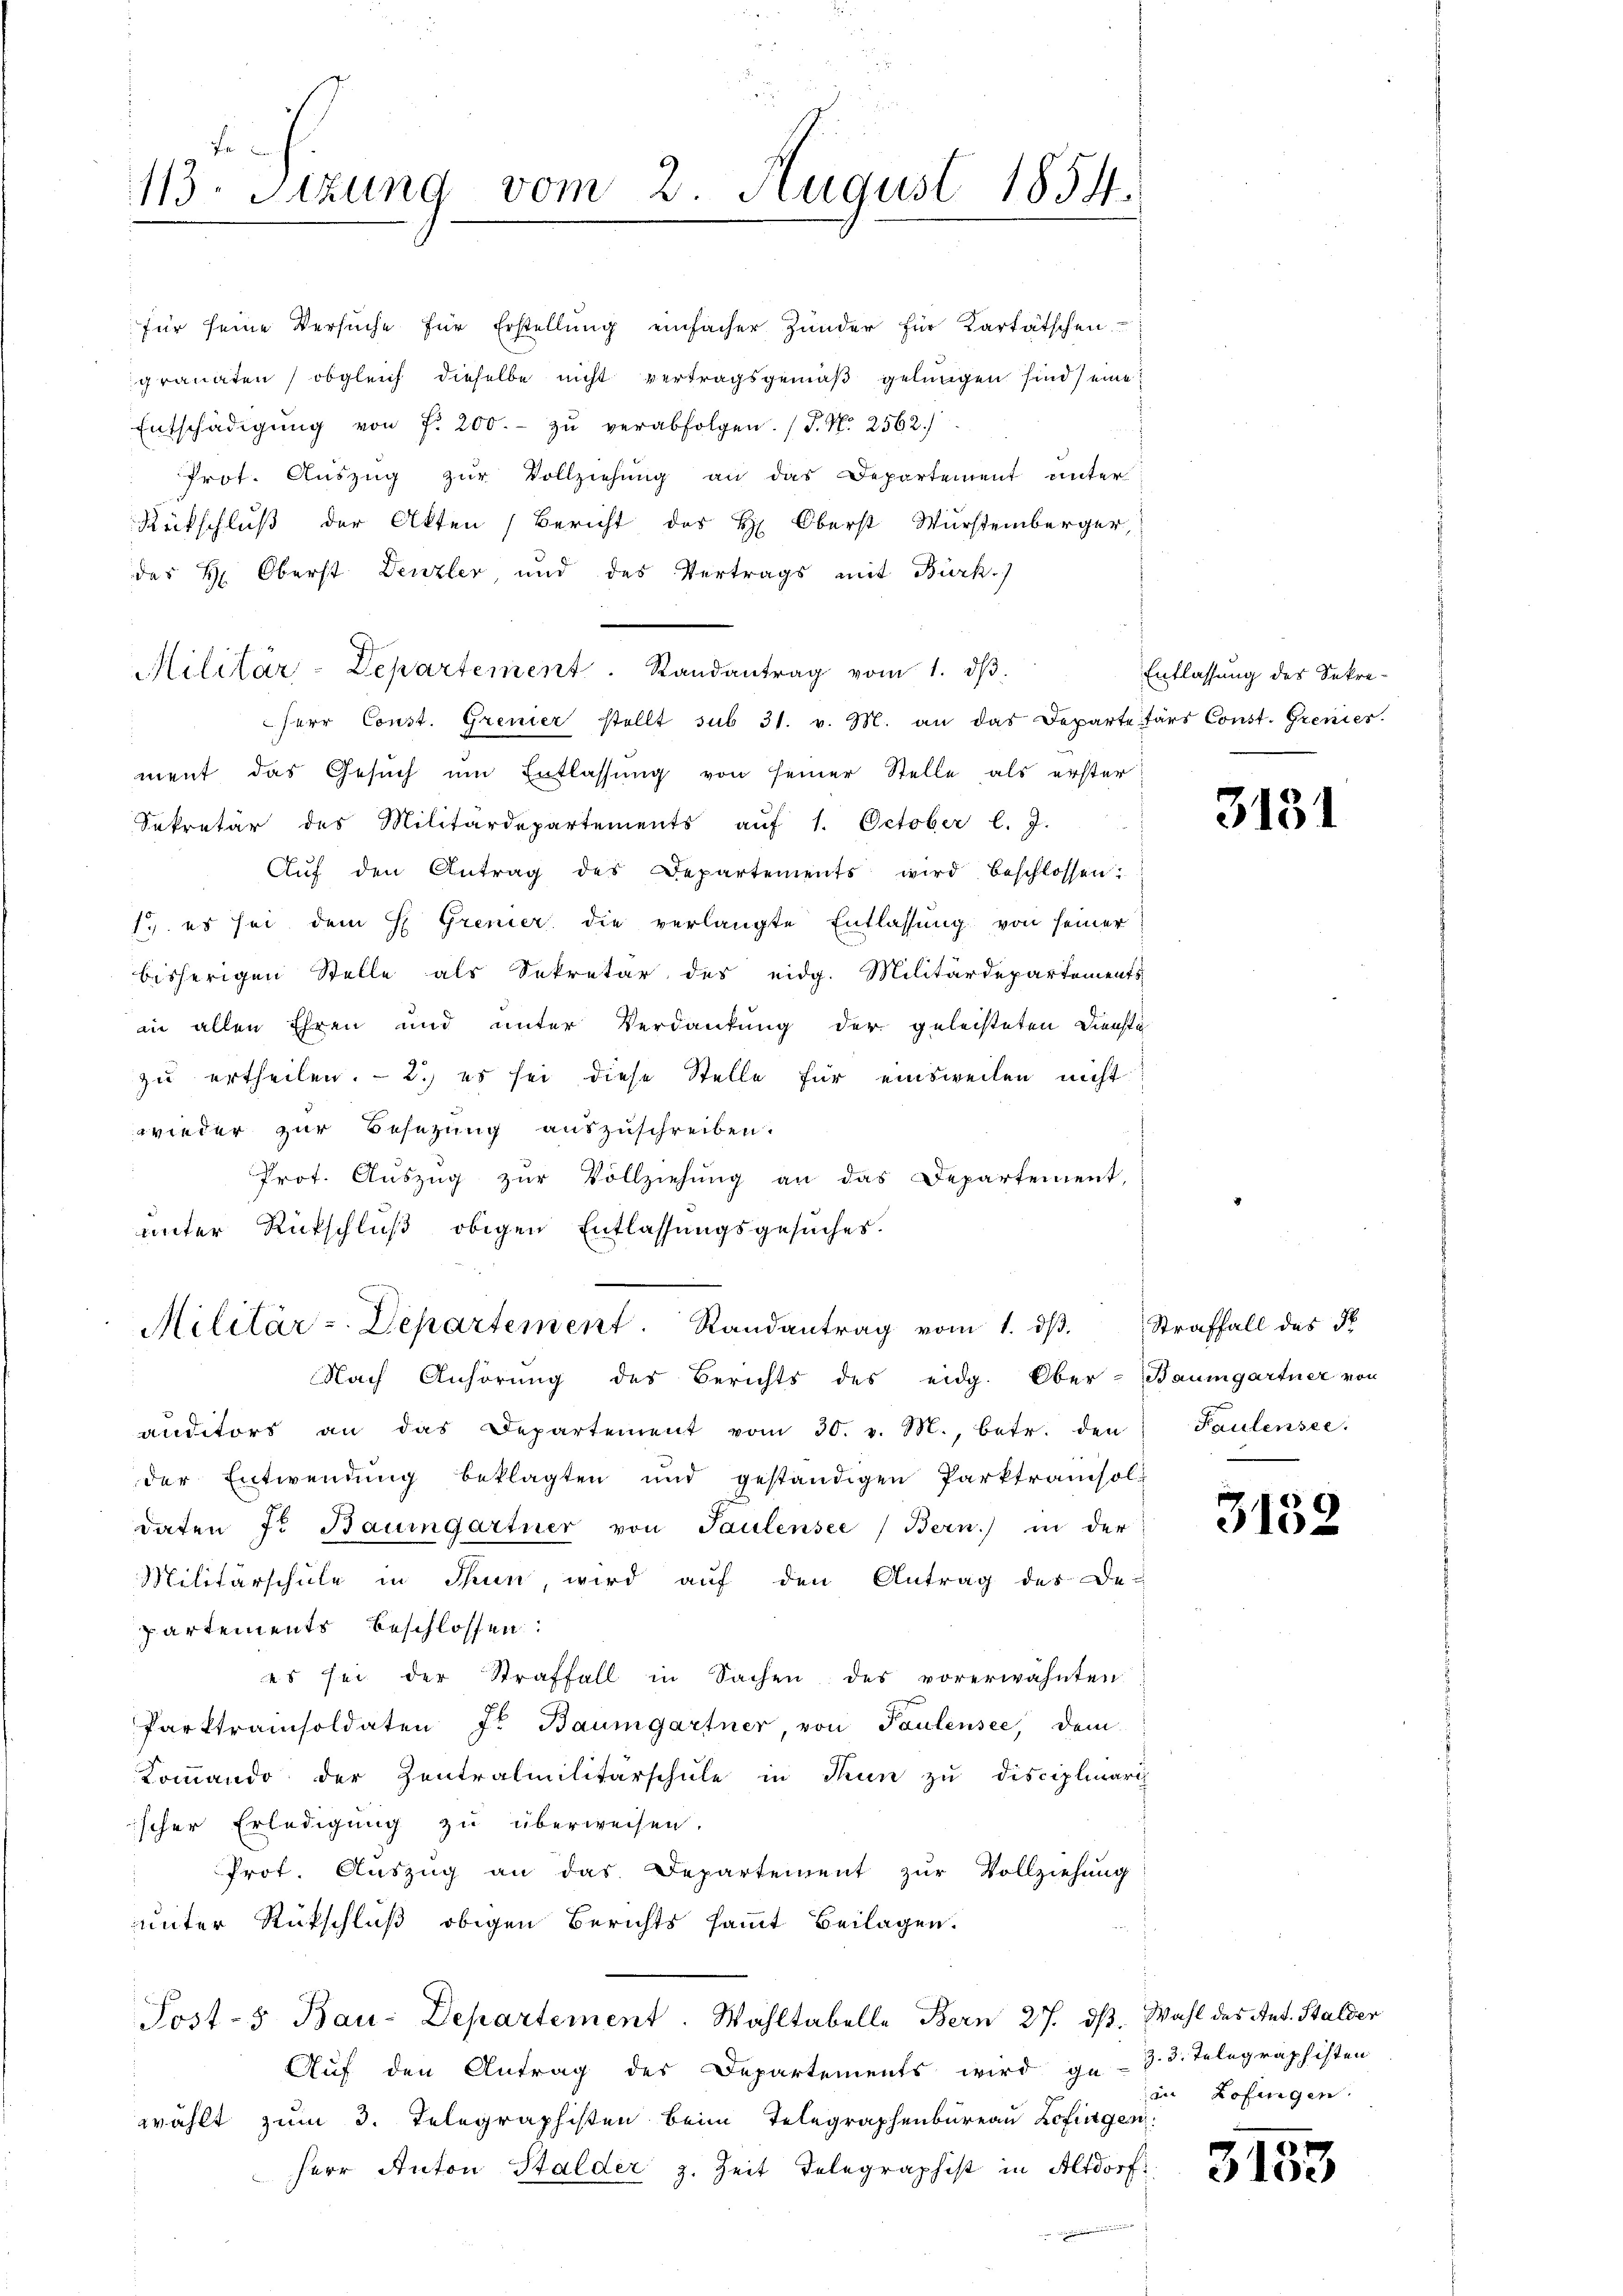
113. Sitzung vom 2. August 1854.

für seine Versuche für Erstellŭng einfacher Zŭnder für Kartätschen
granaten, obgleich dieselbe nicht vertragsgemäß gelungen sind) eine
Entschädigŭng von f. 200.- zŭ verabfolgen. (T. N. 2562/
Prot. Auszug zur Vollziehung an das Departement unter
Rückschluß der Akten Bericht des H. Oberst Wurstemberger,
des H. Oberst Denzler, und des Vertrags mit Bürk.)
Militär-Departement. Randantrag vom 1. dβ
herr Const. Grenier stellt sub 31. v. M. an das Departetärs Const. Grenies
ment das Gesuch um Entlassung von seiner Stelle als erster
Sekretär des Militärdepartements aŭf 1. October l. J.
Aŭf den Antrag des Departements wird beschlossen:
1. es sei dem H. Grenzer die verlangte Entlassung von seiner
bisherigen Stelle als Sekretär des eidg. Militärdepartements
in allen Ehren und unter Verdankung der geleisteten Dienste
zu ertheilen. - 2.) es sei diese Stelle für einsweilen nicht
wieder zur Besetzung auszuschreiben.
Prot. Aŭszŭg zŭr Vollziehŭng an das Departement,
unter Rückschluß obigen Entlassungsgesuches.
Militär - Departement. Randantrag vom 1. dβ. Straffall des N
Nach Anhörung des Berichts des eidg. Ober-Baumgartner von
anditors an das Departement vom 30. v. M., betr. den Faulensee.
der Entwendŭng beklagten und geständigen Parktramisol
daten f. Baumgartner von Paulensee  Bern) in der
Militärschule in Thun, wird aŭf den Antrag des Departements beschlossen:
es sei der Straffall in Sachen des vorerwähnten
Parktramisoldaten Jr. Baumgartner, von Paulensee, dem
Kommando der Zentralmilitärschule in Thun zu disciplinari
ischer Erledigung zu überweisen.
Prot. Auszug an das Departement zur Vollziehung
unter Rückschluß obigen Berichts sammt Beilagen.
Post-5 Bau-Departement. Wahltabelle Bern 27. ds. Wahl des Ant. Stalder
Auf den Antrag des Departements wird ge- Z. 3. Telegraphisten
wählt zum 3. Telegraphisten beim Telegraphenbureau Zofingen.
Herr Anton Stalder z. Zeit Telegraphist in Altdorf

Entlassung des Sekre¬

3131

3152

in Zofingen.

3153